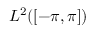
L ^ { 2 } ( [ - \pi , \pi ] )